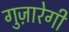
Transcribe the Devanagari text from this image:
गुज़ारेगी